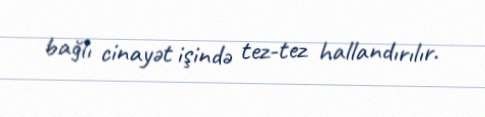
bağlı cinayət işində tez-tez hallandırılır.